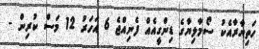
ހަތިޔާރާއެކު ސޯމާލިޔާގެ ޑިންގީއެއް ފެނިއްޖެ 6 އަހަރު 12 މަސް ކުރިން -